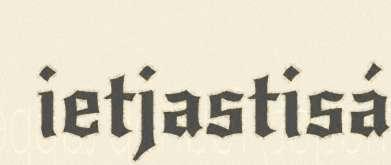
ietjastisá